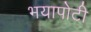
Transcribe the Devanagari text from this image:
भयापोटी